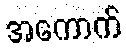
အကောက်